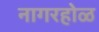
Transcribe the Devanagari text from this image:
नागरहोळ